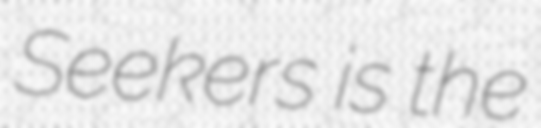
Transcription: Seekers is the